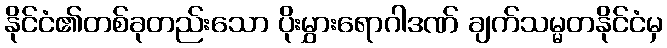
နိုင်ငံ၏တစ်ခုတည်းသော ပိုးမွှားရောဂါဒဏ် ချက်သမ္မတနိုင်ငံမှ